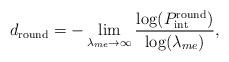
LaTeX: \begin{align*}{d_{{\textrm{round}}}} = -\mathop {\lim }\limits_{{\lambda_{me}} \to \infty } \dfrac{{\log (P^{\textrm{round}}_{{\textrm{int}}})}}{{\log({\lambda _{me}})}},\end{align*}